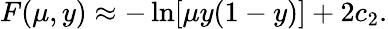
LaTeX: F(\mu,y)\approx-\ln[\mu y(1-y)]+2c_{2}.